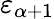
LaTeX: \varepsilon_{\alpha+1}